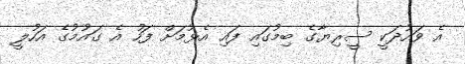
އެ ވައުދަކީ ސީރިޔާގެ ބިމުގައި ފައި އެޅުމަށް ފަހު އެ ގައުމުގެ އަހުލީ